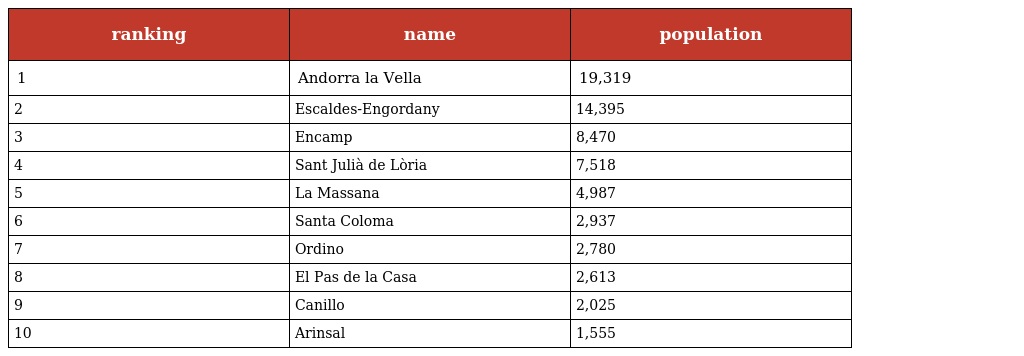
| ranking | name | population |
 | --- | --- | --- |
 | 1 | Andorra la Vella | 19,319 |
 | 2 | Escaldes-Engordany | 14,395 |
 | 3 | Encamp | 8,470 |
 | 4 | Sant Julià de Lòria | 7,518 |
 | 5 | La Massana | 4,987 |
 | 6 | Santa Coloma | 2,937 |
 | 7 | Ordino | 2,780 |
 | 8 | El Pas de la Casa | 2,613 |
 | 9 | Canillo | 2,025 |
 | 10 | Arinsal | 1,555 |